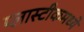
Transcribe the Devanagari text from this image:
प्लास्टीकमध्ये